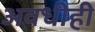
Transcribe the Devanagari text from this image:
अवधीही